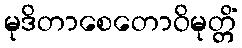
မုဒိတာစေတောဝိမုတ္တိံ